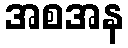
အစအန